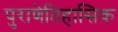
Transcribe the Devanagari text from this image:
पुराणेतिहासिक